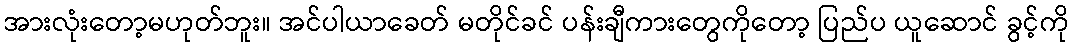
အားလုံးတော့မဟုတ်ဘူး။ အင်ပါယာခေတ် မတိုင်ခင် ပန်းချီကားတွေကိုတော့ ပြည်ပ ယူဆောင် ခွင့်ကို